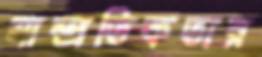
সাম্প্রতিকতার